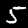
Label: 5